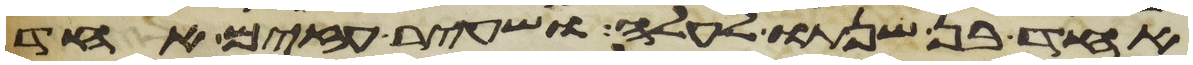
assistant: אחד בן שנתו לעלה ושעיר עזים אחד